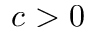
c > 0